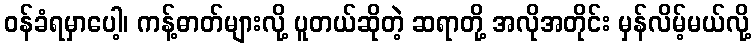
ဝန်ခံရမှာပေါ့၊ ကန့်ဓာတ်များလို့ ပူတယ်ဆိုတဲ့ ဆရာတို့ အလိုအတိုင်း မှန်လိမ့်မယ်လို့